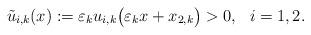
\begin{align*}\tilde u_{i,k}(x):=\varepsilon_ku_{i,k}\big(\varepsilon_kx+x_{2,k}\big)>0,\ \ i=1,2.\end{align*}